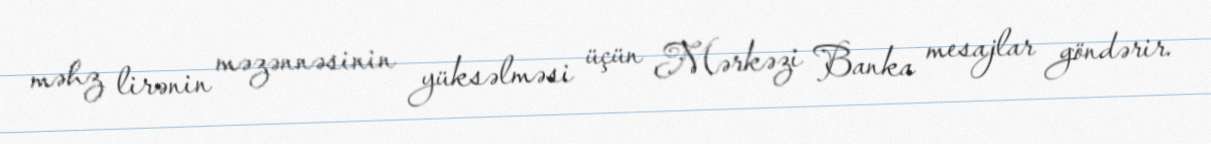
məhz lirənin məzənnəsinin yüksəlməsi üçün Mərkəzi Banka mesajlar göndərir.